Plague in India, 1896, 1897 - Volume 3
Year: 1896
Disease focus: Plague
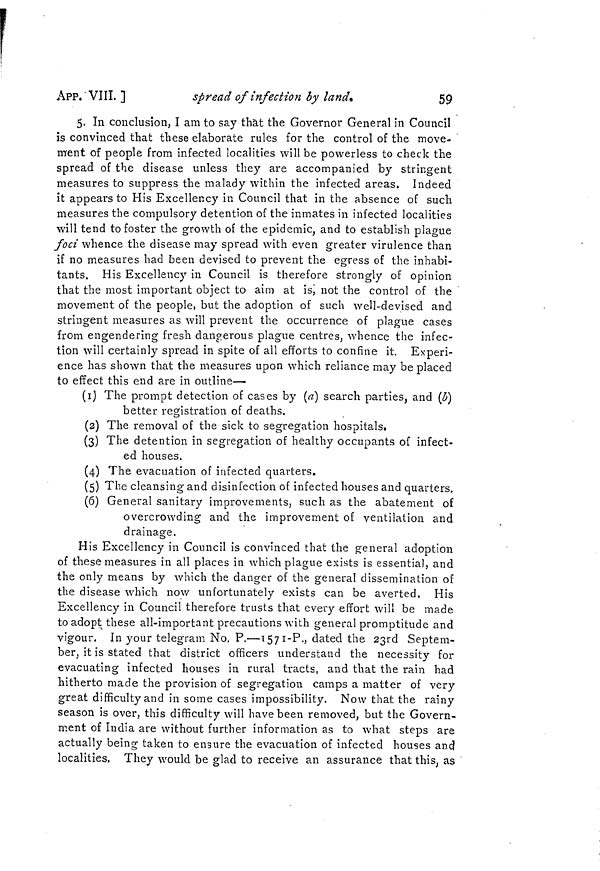
APP. VIII ]
spread of infection by land
59
5. In conclusion, I am to say that the Governor General in Council
is convinced that these elaborate rules for the control of the move-
ment of people from infected localities will be powerless to check the
spread of the disease unless they are accompanied by stringent
measures to suppress the malady within the infected areas, Indeed
it appears to His Excellency in Council that in the absence of such
measures the compulsory detention of the inmates in infected localities
will tend to foster the growth of the epidemic, and to establish plague
foci whence the disease may spread with even greater virulence than
if no measures had been devised to prevent the egress of the inhabi-
tants. His Excellency in Council is therefore strongly of opinion
that the most important object to aim at is, not the control of the
movement of the people ( but the adoption of such well-devised and
stringent measures as will prevent the occurrence of plague cases
from engendering fresh dangerous plague centres, whence the infec-
tion will certainly spread in spite of all efforts to confine it. Experi-
ence has shown that the measures upon which reliance may be placed
to effect this end are in outline—
(1) The prompt detection of cases by (a] search parties, and (b)
better registration of deaths.
(2) The removal of the sick to segregation hospitals.
(3) The detention in segregation of healthy occupants of infect-
ed houses.
(4) The evacuation of infected quarters.
(5) The cleansing and disinfection of infected houses and quarters.
(6) General sanitary improvements, such as the abatement of
overcrowding and the improvement of ventilation and
drainage.
His Excellency in Council is convinced that the general adoption
of these measures in all places in which plague exists is essential, and
the only means by which the danger of the general dissemination of
the disease which now unfortunately exists can be averted. His
Excellency in Council therefore trusts that every effort will be made
to adopt these all-important precautions with general promptitude and
vigour. In your telegram No, P.-1571-P., dated the 23rd Septem-
ber, it is stated that district officers understand the necessity for
evacuating infected houses in rural tracts, and that the rain had
hitherto made the provision of segregation camps a matter of very
great difficulty and in some cases impossibility. Now that the rainy
season is over, this difficulty will have been removed, but the Govern-
ment of India are without further information as to what steps are
actually being taken to ensure the evacuation of infected houses and
localities. They would be glad to receive an assurance that this, as